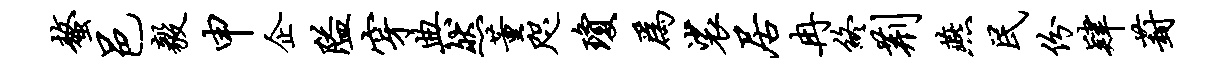
螯邑毅申企隘穿典然董咫琼为裟居冉终荆燕民份肄葑